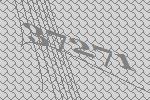
37271